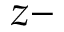
z -